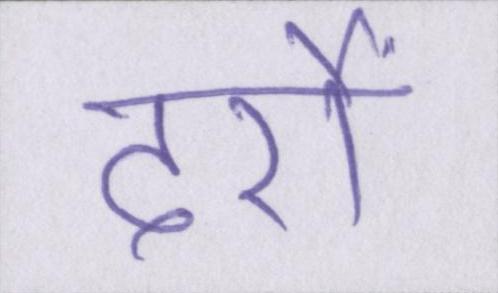
दर्रों